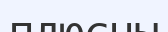
плюсны